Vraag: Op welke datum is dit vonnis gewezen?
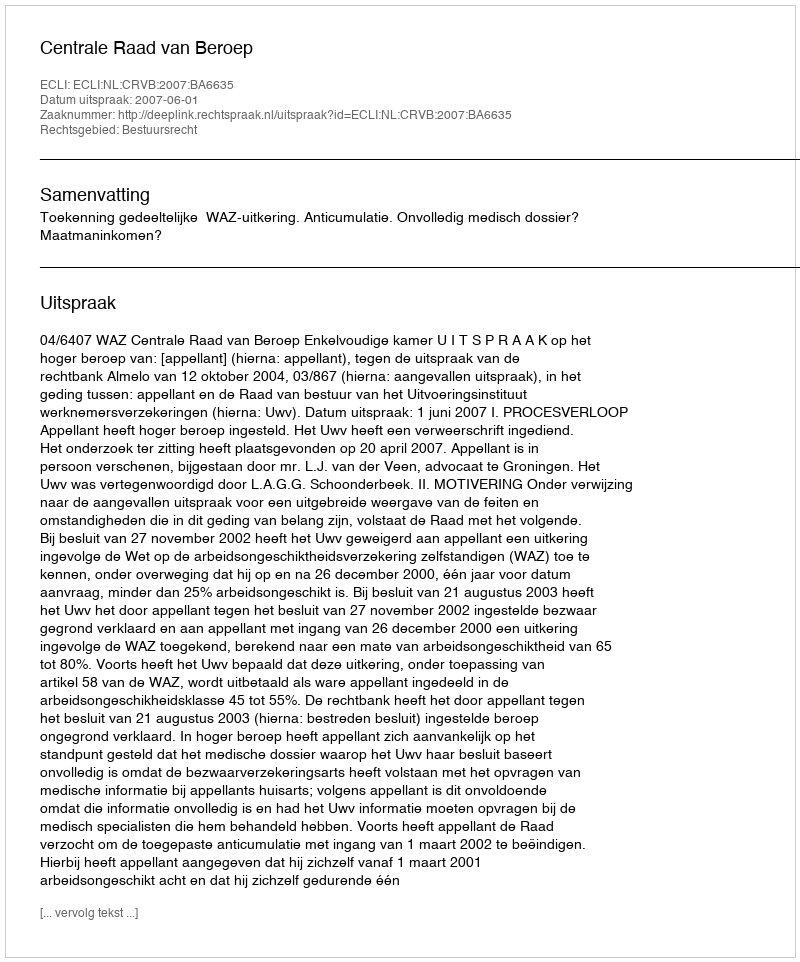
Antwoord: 2007-06-01